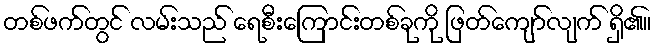
တစ်ဖက်တွင် လမ်းသည် ရေစီးကြောင်းတစ်ခုကို ဖြတ်ကျော်လျက် ရှိ၏။